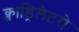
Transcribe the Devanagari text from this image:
क्वाड्रिलैटरो